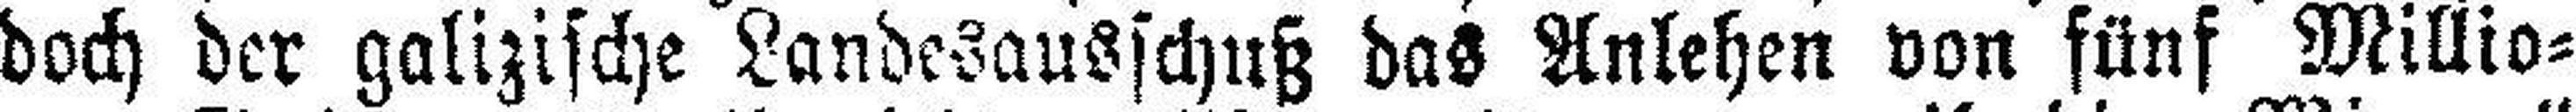
doch der galizische Laudesausschuß das Anlehen von fünf Millio¬